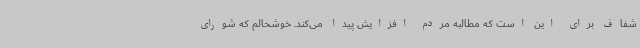
شفاف برای این است که مطالبه مردم افزایش پیدا می‌کند. خوشحالم که شورای